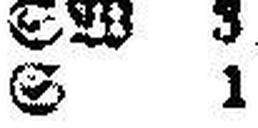
S 1